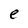
Character: e